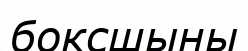
боксшыны